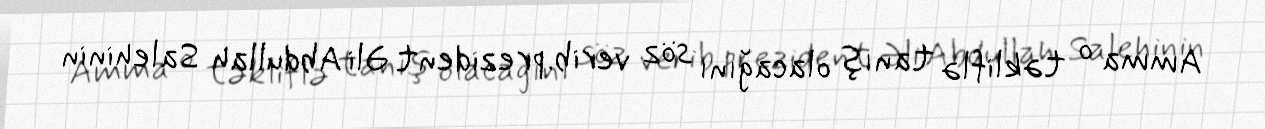
Amma o təkliflə tanış olacağını söz verib.prezident Əli Abdullah Salehinin